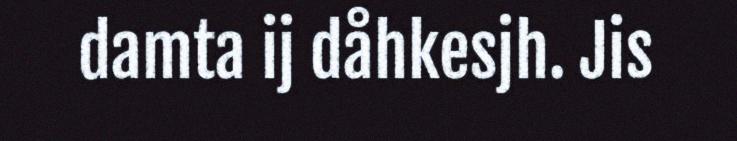
damta ij dåhkesjh. Jis